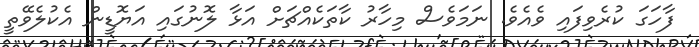
ފާހަގަ ކުރެވިފައި ވެއެވެ. ނަމަވެސް މިހާރު ކާތަކެއްޗަށް އަޅާ ލޮނުގައި އަޔޮޑީން އެކުލެވޭތީ